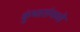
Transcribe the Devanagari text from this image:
कुंभारांमध्ये